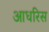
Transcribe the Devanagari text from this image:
आधरिस